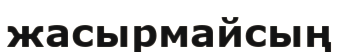
жасырмайсың